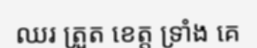
ឈរ ត្រួត ខេត្ត ទ្រាំង គេ